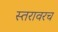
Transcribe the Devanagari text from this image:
स्तरावरच